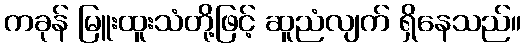
ကခုန် မြူးထူးသံတို့ဖြင့် ဆူညံလျက် ရှိနေသည်။